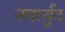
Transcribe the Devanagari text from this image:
नवार्बुद